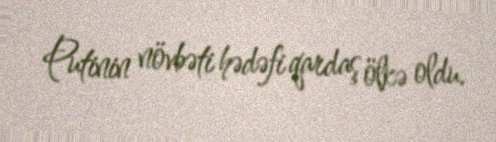
Putinin növbəti hədəfi qardaş ölkə oldu.